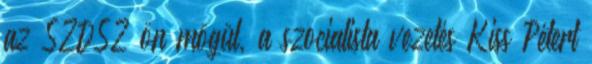
az SZDSZ ön mögül, a szocialista vezetés Kiss Pétert